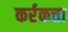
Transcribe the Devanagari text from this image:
कर्रकत्ता